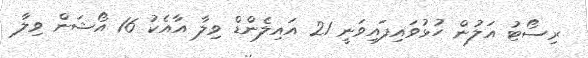
ރިސޯޓު އަލުން ހުޅުވައިފައިވަނީ 21 އައިލެންޑް ވިލާ އާއެކު 16 އޯޝަން ވިލާ